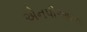
એનપીઆરના